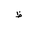
Letter: _za